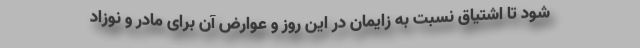
شود تا اشتیاق نسبت به زایمان در این روز و عوارض آن برای مادر و نوزاد